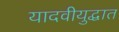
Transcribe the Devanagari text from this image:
यादवीयुद्धात